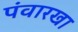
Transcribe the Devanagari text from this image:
पंवारखा